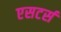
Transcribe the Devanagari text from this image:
एसटर्स